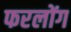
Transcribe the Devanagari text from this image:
फरलोंग